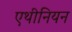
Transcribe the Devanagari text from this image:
एथीनियन